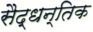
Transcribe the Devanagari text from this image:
सैद्धन्तिक